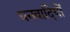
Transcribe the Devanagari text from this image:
घनवादियों